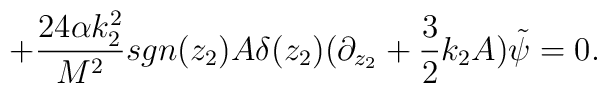
+\frac{24\alpha k_2^2}{M^2} sgn(z_2)A\delta(z_2)(\partial_{z_2}+\frac{3}{2}k_2 A)\tilde{\psi}=0.